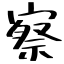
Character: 察